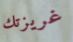
غريزتك